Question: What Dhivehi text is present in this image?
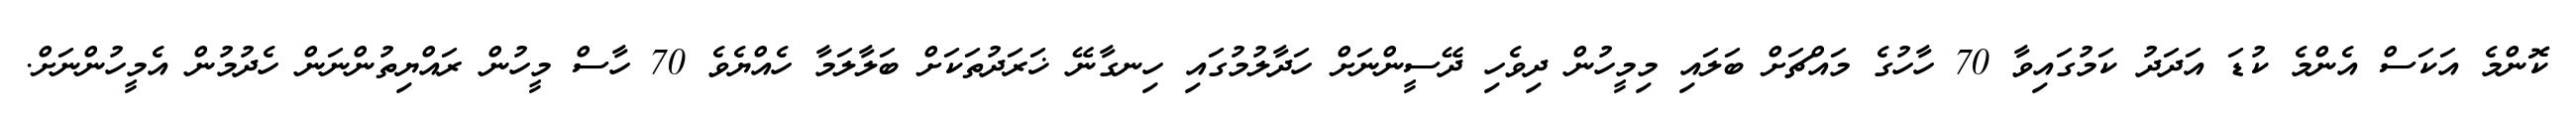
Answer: ކޮންމެ އަކަސް އެންމެ ކުޑަ އަދަދު ކަމުގައިވާ 70 ހާހުގެ މައްޗަށް ބަލައި މިމީހުން ދިވެހި ދޭސީންނަށް ހަދާލުމުގައި ހިނގާނޭ ޚަރަދުތަކަށް ބަލާލަމާ ހެއްޔެވެ 70 ހާސް މީހުން ރައްޔިތުންނަން ހެދުމުން އެމީހުންނަށް.